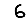
Digit: 6